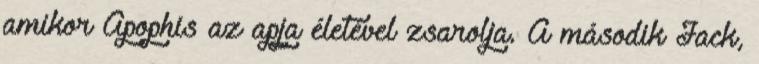
amikor Apophis az apja életével zsarolja. A második Jack,